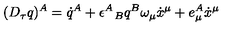
( D _ { \tau } q ) ^ { A } = \dot { q } ^ { A } + \epsilon ^ { A } \! \! { \phantom { \epsilon } } _ { B } q ^ { B } \omega _ { \mu } \dot { x } ^ { \mu } + e _ { \mu } ^ { A } \dot { x } ^ { \mu }